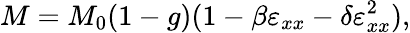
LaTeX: M=M_{0}(1-g)(1-\beta\varepsilon_{xx}-\delta\varepsilon_{xx}^{2}),